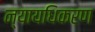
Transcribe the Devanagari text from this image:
न्‍यायधिकरण